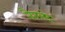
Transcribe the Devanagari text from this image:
नैतलदे